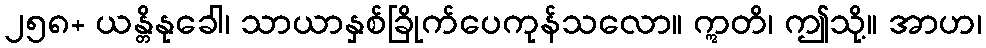
၂၅၈+ ယန္တိနုခေါ၊ သာယာနှစ်ခြိုက်ပေကုန်သလော။ ဣတိ၊ ဤသို့။ အာဟ၊